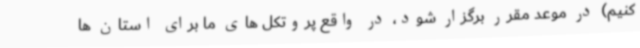
کنیم) در موعد مقرر برگزار شود، در واقع پروتکل های ما برای استان ها